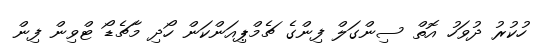
ހުކުރު ދުވަހު އޮތް ސިންގަލް ފިންގެ ޗެމްޕިއަންކަން ހޯދި މާޗެޑޯ ޓްވިން ފިން